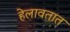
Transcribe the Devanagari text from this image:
हेलावतात